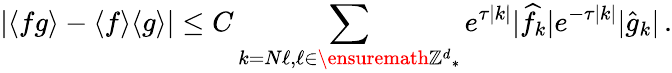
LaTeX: |\langle fg\rangle-\langle f\rangle\langle g\rangle|\leq C\sum_{k=N\ell,\ell\in\ensuremath{\mathbb{Z}^{d}}_{*}}e^{\tau|k|}|\widehat f_{k}|e^{-\tau|k|}|\widehat g_{k}|\, .